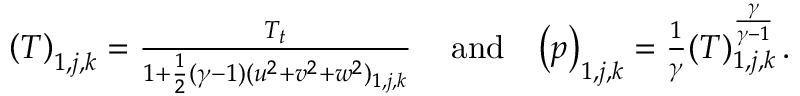
\begin{array} { r l r } { { \left( T \right) _ { 1 , j , k } = \frac { T _ { t } } { 1 + \frac { 1 } { 2 } ( \gamma - 1 ) ( u ^ { 2 } + v ^ { 2 } + w ^ { 2 } ) _ { 1 , j , k } } \, } } & { { \mathrm { a n d } } } & { { \left( p \right) _ { 1 , j , k } = \frac { 1 } { \gamma } ( T ) _ { 1 , j , k } ^ { \frac { \gamma } { \gamma - 1 } } \, \mathrm { . } } } \end{array}